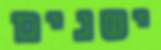
ישנים